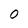
Character: O